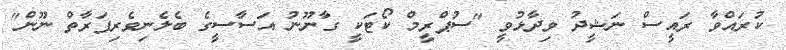
ކުރައްވާ ރައީސް ނަޝީދު ވިދާޅުވީ "ސުޕްރީމް ކޯޓަކީ ގާނޫނު އަސާސީގެ ބެލެނިވެރިފަރާތް ނޫން"